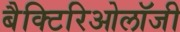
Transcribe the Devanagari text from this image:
बैक्टिरिओलॉजी